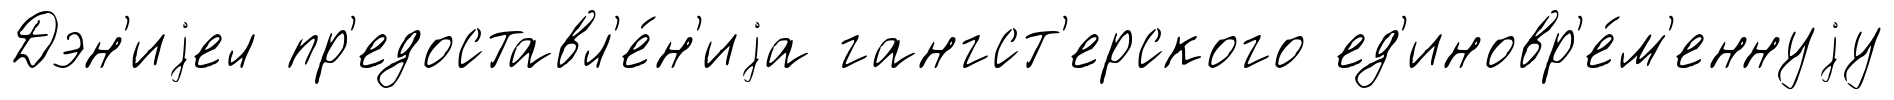
Дэн'иjел пр'едоставл'е́н'иjа гангст'ерского ед'иновр'е́м'еннуjу